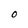
Character: O